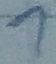
Text: 1